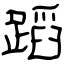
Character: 蹈